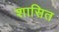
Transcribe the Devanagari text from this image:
शासित